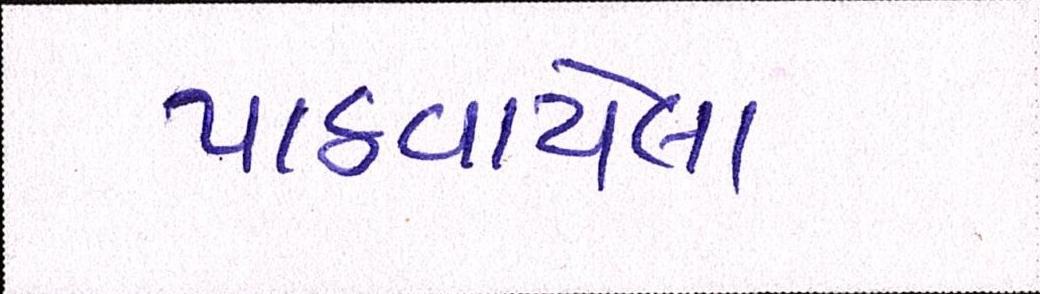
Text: પાઠવાયેલા